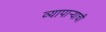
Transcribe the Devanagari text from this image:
व्यापार्‍याची